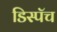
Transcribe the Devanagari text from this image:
डिस्पॅच